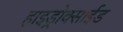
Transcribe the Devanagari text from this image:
हाइड्रोक्साईड